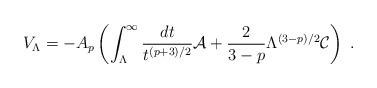
LaTeX: \begin{align*}V_\Lambda = -A_p\left(\int_\Lambda^\infty {dt\over t^{(p+3)/2}} {\cal A} +{2\over 3-p}\Lambda^{(3-p)/2} {\cal C}\right)\ .\end{align*}